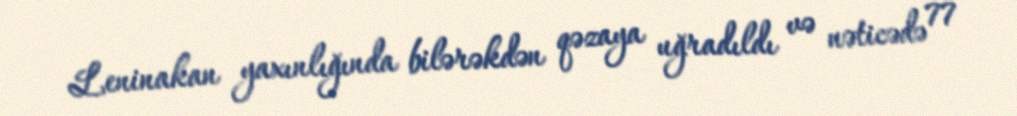
Leninakan yaxınlığında bilərəkdən qəzaya uğradıldı və nəticədə 77